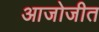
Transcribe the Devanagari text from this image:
आजोजीत